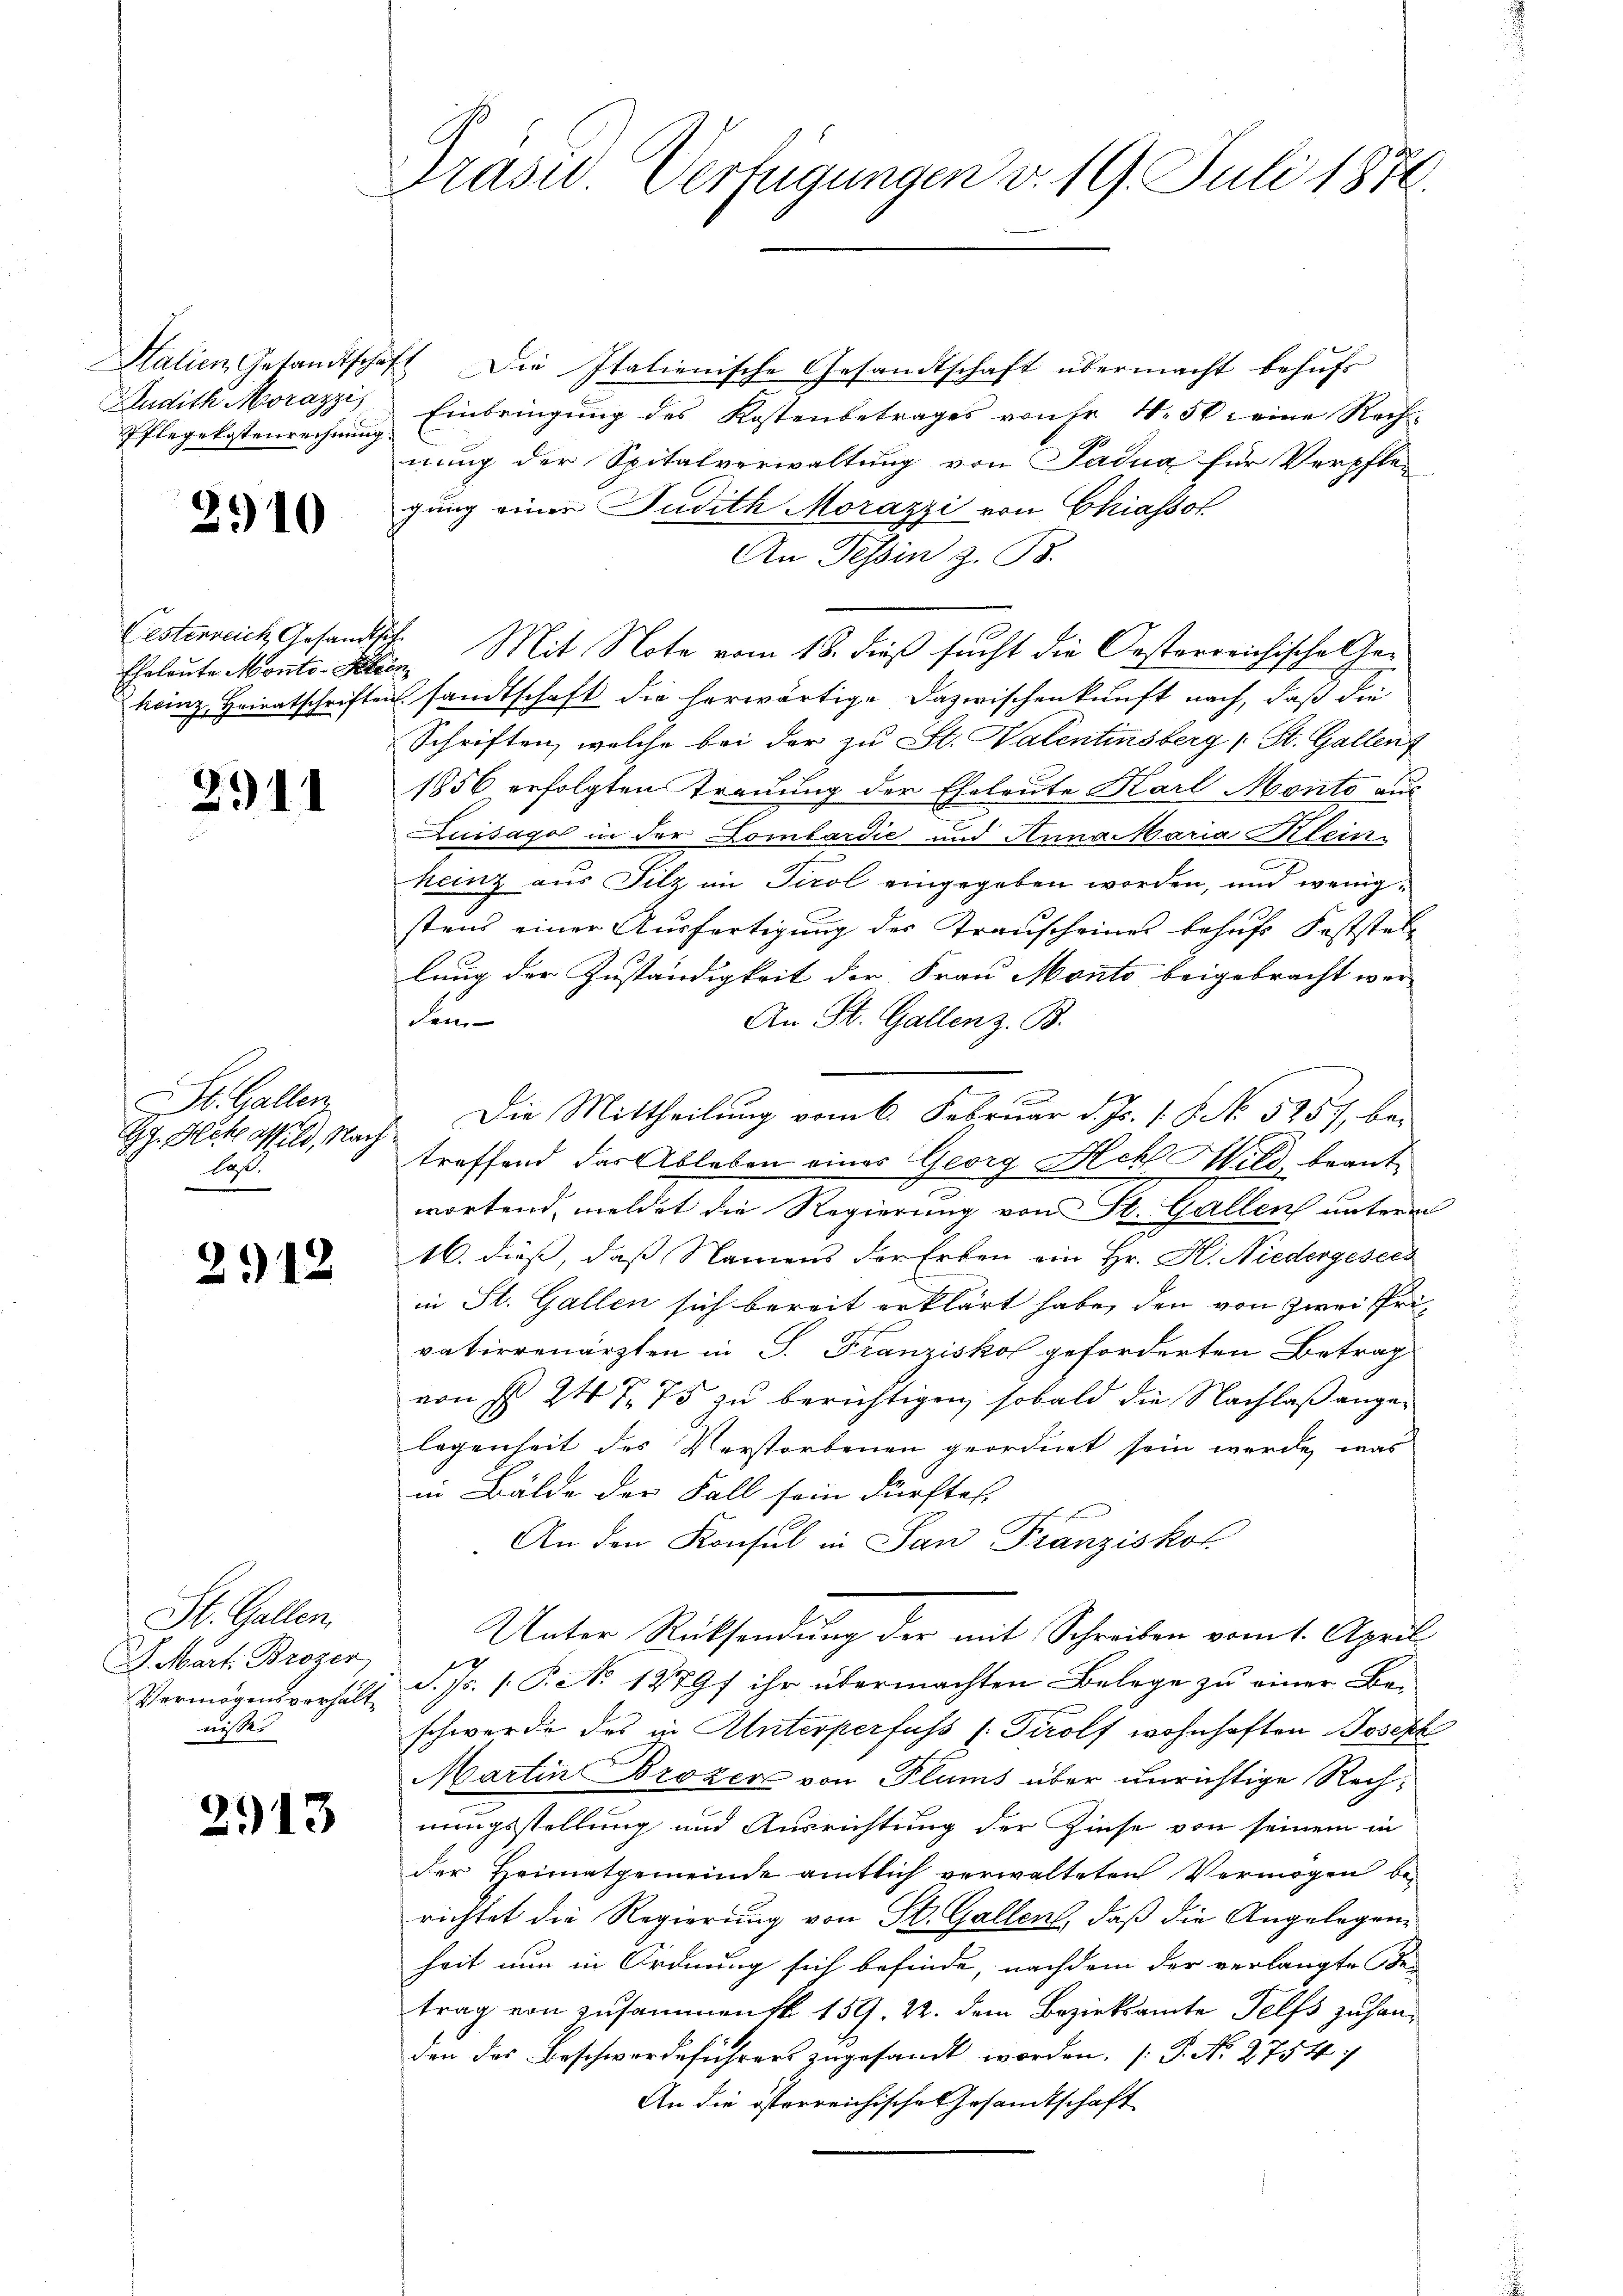
Pflegekostenrechnung

210

Eheleute Monto-Klein

2911

St. Gallen
H. Hecke ossild, Nach
laß.
e

2912

Salien Gesandtschaft Die Italienische Gesandtschaft übermacht behufs
Audith Morazzi Einbringŭng des Kostenbetrages von Fr. 4. 50. eine Rech-
nung der Spitalverwaltung von Padua für Verpfle-
gung einer Judith Morazzi von Chiassol
An Tessin z. B.
Cesterreich Gesandtsch. Mit Note vom 18. dieß sucht die Oesterreichische Gehainz Heiratschriften sandtschaft die herwärtige Dazwischenkunft nach, daß die
Schriften, welche bei der zu St. Valentinsberg (St. Gallent
1856 erfolgten Trauung der Eheleute Karl Monto aus
Luisago in der Lombardić und Anna Maria Klein-
heinz aus Silz im Tirol eingegeben worden, und wenigstens einer Ausfertigung des Transcheines behufs Feststell
lung der Zuständigkeit der Frau Monto beigebracht wer-
den
An St. Gallen z. B.
e
Die Mittheilung vom 6. Februar d. Js. 18. No 5257, bei
treffend das Ableben eines Georg Hehl Mild, beantwortend, meldet die Regierung von St. Gallen unterm
16. dieß, daß Namens der Erben ein Hr. H. Niedergesees
in St. Gallen sich bereit erklärt habe, den von zwei Privatierenärzten in S. Franziskof geforderten Betrag
von § 247. 75 zu berichtigen, sobald die Nachlaß angelegenheit des Verstorbenen geordnet sein werde, was
in Bälde der Fall sein dürfte.
An den Konsul in San Franziskot
Unter Rücksendung der mit Schreiben vom 1. April
Vermögensverhält d. Js. 1. P. No 1279f ihr übermachten Belege zu einer Beschwerde des in Unterperfuss (: Tirolf wohnhaften Joseph
Martin Brozer von Plums über unrichtige Rechnungsstellung und Ausrichtung der Zinse von seinem in
der Heimatgemeinde amtlich verwalteten Vermögen be-
richtet die Regierung von St. Gallen, daß die Angelegenheit nun in Ordnung sich befinde, nachdem der verlangte Be-
trag von zusammens 159. 22. dem Bezirksamte Telfs zu handen des Beschwerdeführers zugesandt worden. (T. N. 2754/
An die österreichische Gesandtschaft

St. Gallen.
. Mart. Brozer
nisses

2913

Präsid. Verfügungen v. 19. Juli 1870.